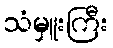
သံမှူးကြီး